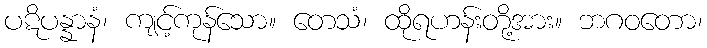
ပဋိပန္နာနံ၊ ကျင့်ကုန်သော။ တေသံ၊ ထိုရဟန်းတို့အား။ ဘဂဝတော၊